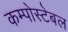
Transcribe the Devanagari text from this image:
कम्पोस्टेबल